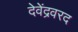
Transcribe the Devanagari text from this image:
देवेंद्रवरद